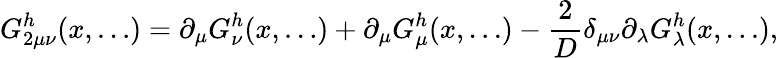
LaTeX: G_{2\mu\nu}^{h}(x,\ldots)=\partial_{\mu}G_{\nu}^{h}(x,\ldots)+\partial_{\mu}G_{\mu}^{h}(x,\ldots)-\frac{2}{D}\delta_{\mu\nu}\partial_{\lambda}G_{\lambda}^{h}(x,\ldots),